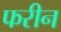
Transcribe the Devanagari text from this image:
फरीन